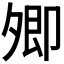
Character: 𡖖